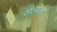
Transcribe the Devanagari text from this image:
शैलकश